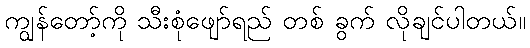
ကျွန်တော့်ကို သီးစုံဖျော်ရည် တစ် ခွက် လိုချင်ပါတယ်။